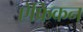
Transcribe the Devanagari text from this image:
ऐफ्रिकन